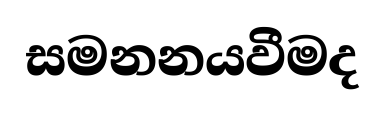
සමනනයවීමද